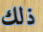
ذلك